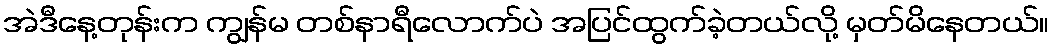
အဲဒီနေ့တုန်းက ကျွန်မ တစ်နာရီလောက်ပဲ အပြင်ထွက်ခဲ့တယ်လို့ မှတ်မိနေတယ်။